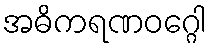
အဓိကရဏဝဂ္ဂေါ